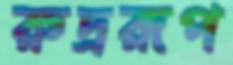
রুদ্ররূপ